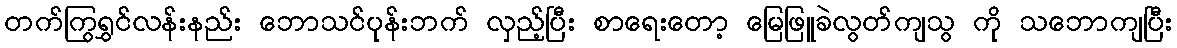
တက်ကြွရွှင်လန်းနည်း ဘောသင်ပုန်းဘက် လှည့်ပြီး စာရေးတော့ မြေဖြူခဲလွတ်ကျသွ ကို သဘောကျပြီး